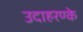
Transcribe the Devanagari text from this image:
उदाहरण्के